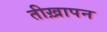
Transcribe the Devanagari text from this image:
तीख़ापन